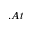
. A t